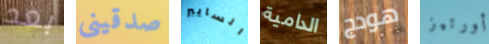
بعد صدقينى السايبر الدامية هودج أورتيز